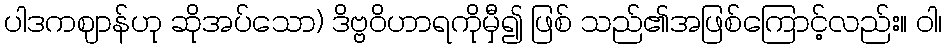
ပါဒကဈာန်ဟု ဆိုအပ်သော) ဒိဗ္ဗဝိဟာရကိုမှီ၍ ဖြစ် သည်၏အဖြစ်ကြောင့်လည်း။ ဝါ၊